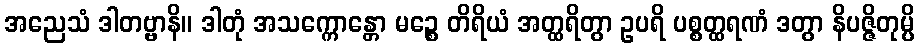
အညေသံ ဒါတဗ္ဗာနိ။ ဒါတုံ အသက္ကောန္တော မဉ္စေ တိရိယံ အတ္ထရိတွာ ဥပရိ ပစ္စတ္ထရဏံ ဒတွာ နိပဇ္ဇိတုမ္ပိ